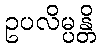
ဥပလိမ္ပန္တိ